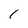
Character: 1